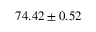
7 4 . 4 2 \pm 0 . 5 2 \